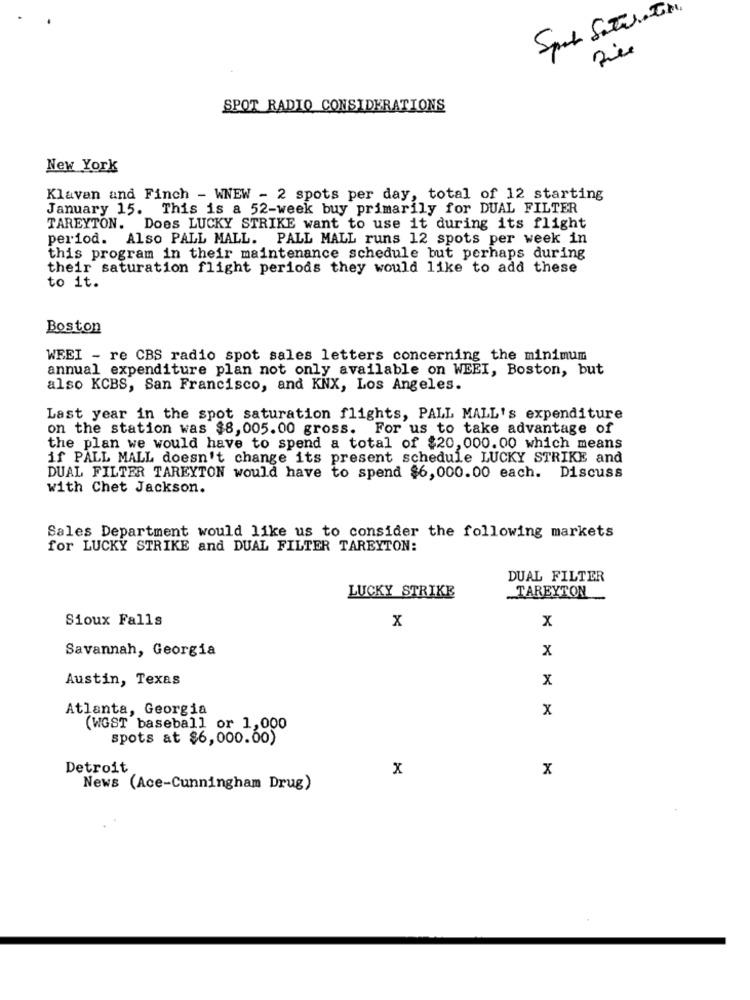
SPOT RADIO CONSIDERATIONS
New York
Klavan and Finch - WNEW - 2 spots per day, total of 12 starting
January 15. This is a 52-week buy primarily for DUAL FILTER
TAREYTON. Does LUCKY STRIKE want to use it during its flight
period. Also PALL MALL. PALL MALL runs 12 spots per week in
this program in their maintenance schedule but perhaps during
their saturation flight periods they would like to add these
to it.
Boston
WEEI - re CBS radio spot sales letters concerning the minimum
annual expenditure plan not only available on WEEI, Boston, but
also KCBS, San Francisco, and KNX, Los Angeles.
Last year in the spot saturation flights, PALL MALL's expenditure
on the station was $8,005.00 gross. For us to take advantage of
the plan we would have to spend a total of $20, 000.00 which means
if PALL MALL doesn't change its present schedule LUCKY STRIKE and
DUAL FILTER TAREYTON would have to spend $6,000.00 each. Discuss
with Chet Jackson.
Sales Department would like us to consider the following markets
for LUCKY STRIKE and DUAL FILTER TAREYTON:
DUAL FILTER
TAREYTON
LUCKY STRIKE
Sioux Falls
X
x
Savannah, Georgia
x
Austin, Texas
x
Atlanta, Georgia
x
(WGST baseball or 1,000
spots at $6,000.00)
Detroit
x
x
News (Ace-Cunningham Drug)